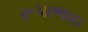
રૂપાભાઇ